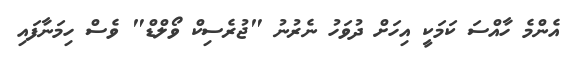
އެންމެ ހާއްސަ ކަމަކީ އިހަށް ދުވަހު ނެރުނު "ޖުރެސިކް ވޯލްޑް" ވެސް ހިމަނާފައި